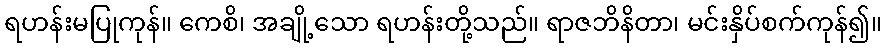
ရဟန်းမပြုကုန်။ ကေစိ၊ အချို့သော ရဟန်းတို့သည်။ ရာဇဘိနိတာ၊ မင်းနှိပ်စက်ကုန်၍။